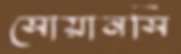
সোয়ানসি